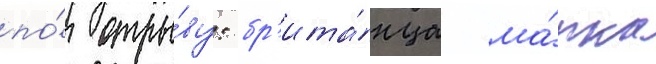
по́ отры́ву: бр'ита́нца ма́рка